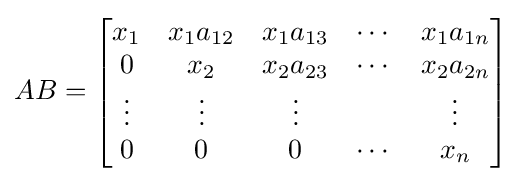
AB={\begin{bmatrix}x_{1}&x_{1}a_{12}&x_{1}a_{13}&\cdots &x_{1}a_{1n}\\0&x_{2}&x_{2}a_{23}&\cdots &x_{2}a_{2n}\\\vdots &\vdots &\vdots &&\vdots \\0&0&0&\cdots &x_{n}\end{bmatrix}}